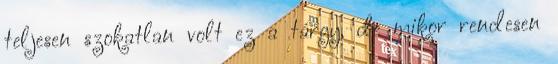
teljesen szokatlan volt ez a tárgy, de mikor rendesen